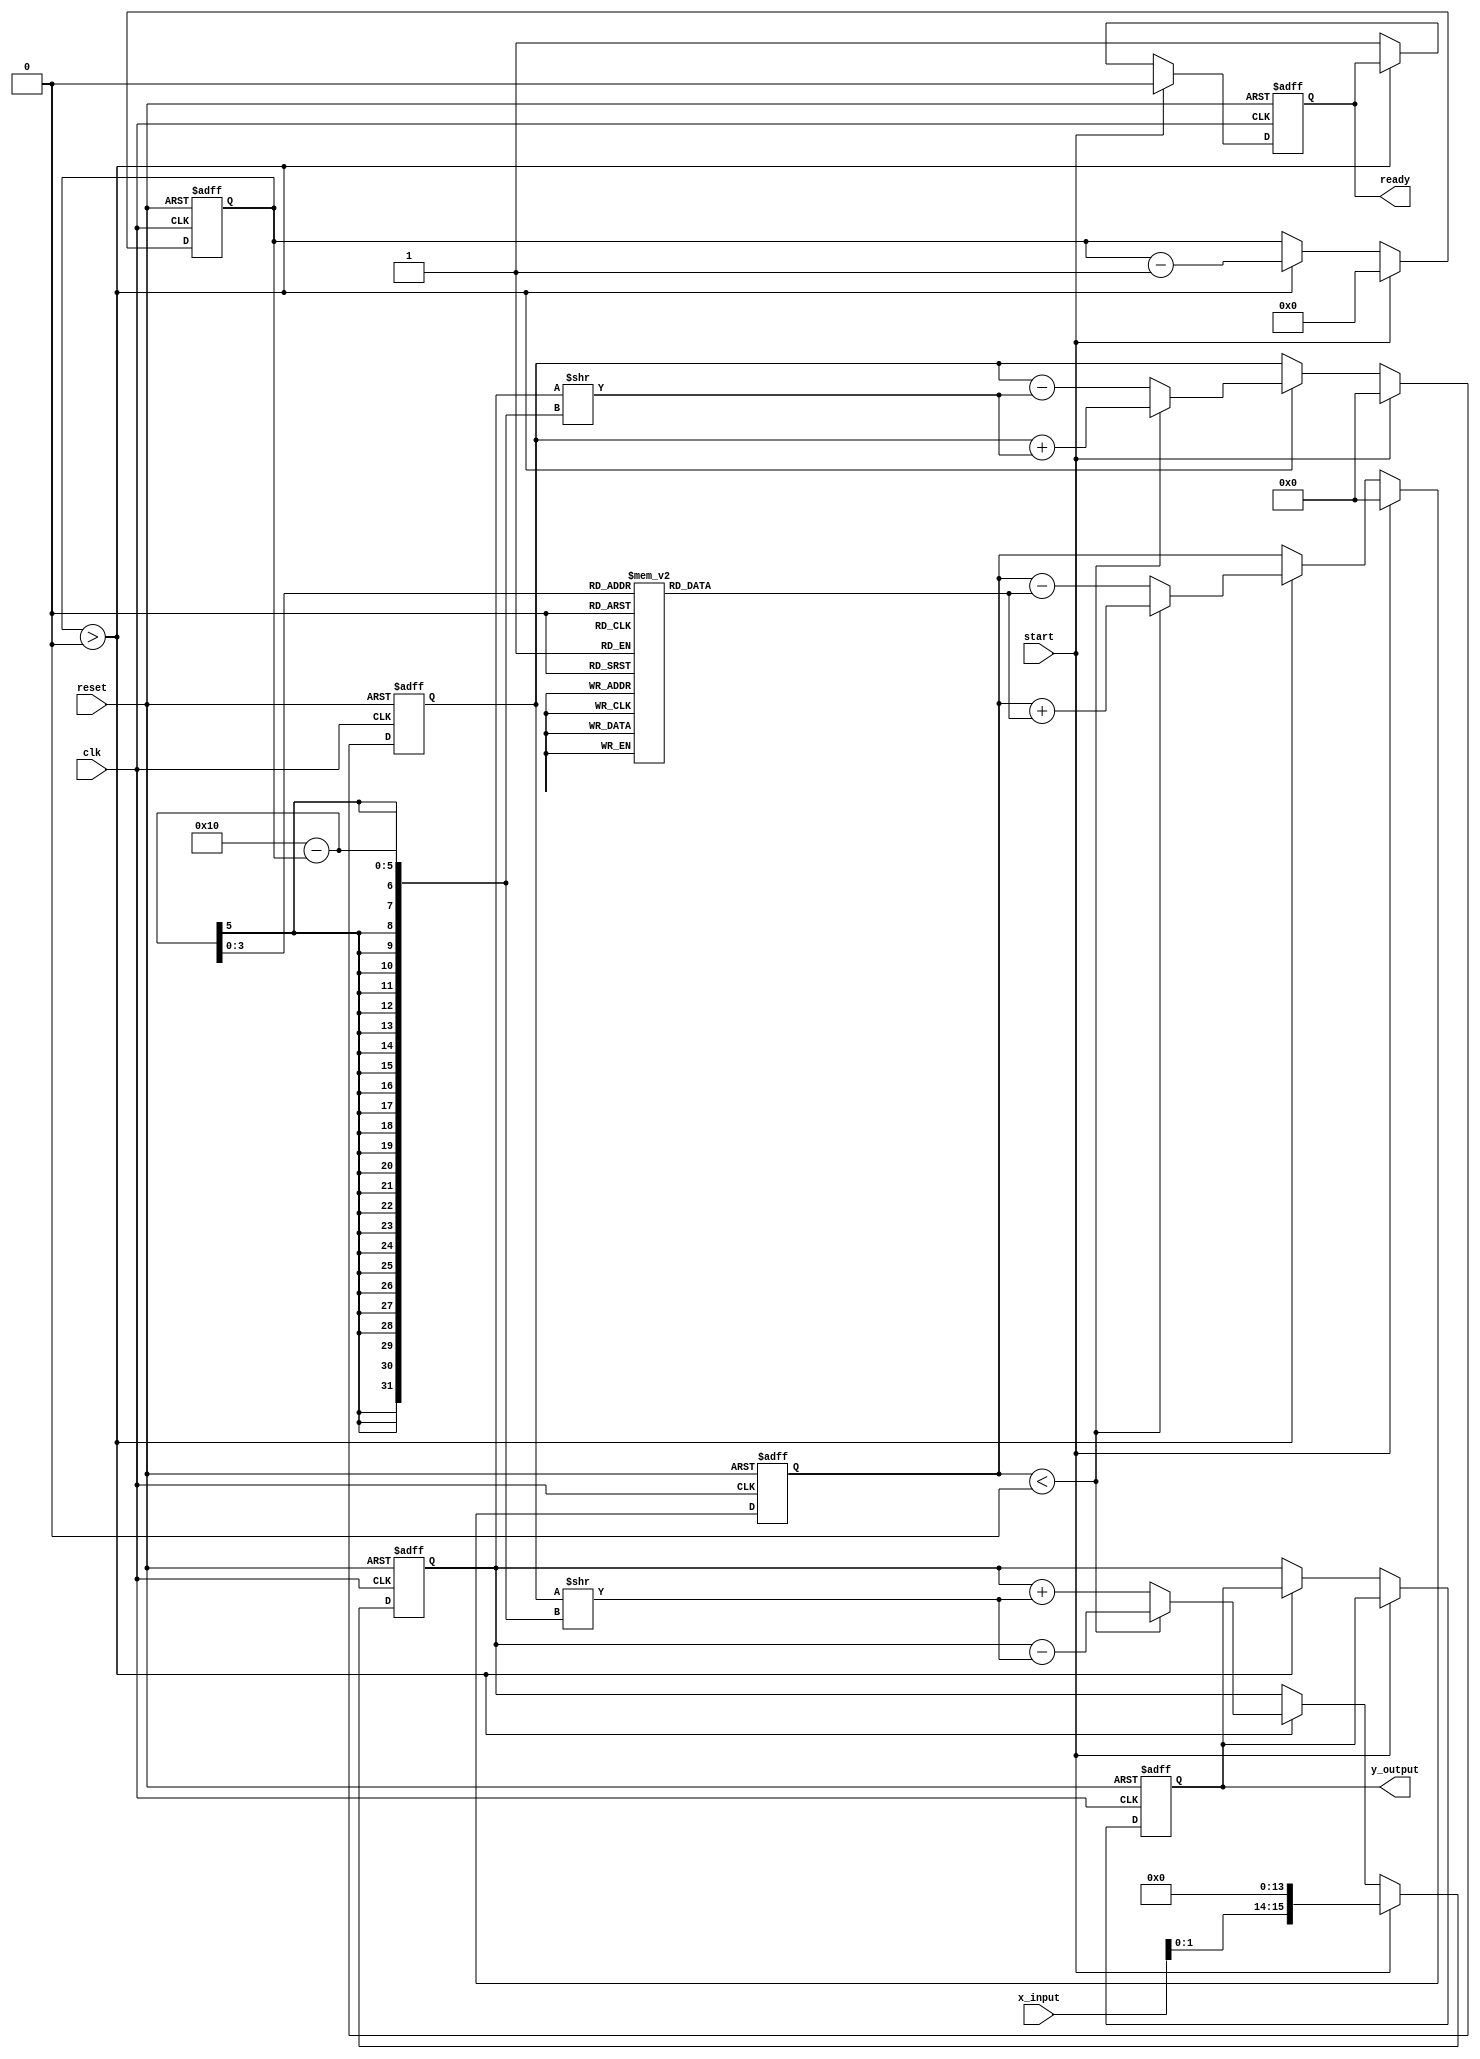
module CORDIC_Exponential (
    input wire clk,                   // System clock
    input wire reset,                 // Reset signal
    input wire start,                 // Start computation signal
    input wire [15:0] x_input,        // Fixed-point input for e^x
    output reg [15:0] y_output,       // Fixed-point output for e^x
    output reg ready                  // Ready signal for output
);
    // Parameters
    parameter NUM_ITERATIONS = 16;    // Number of iterations
    parameter FIXED_POINT_SCALE = 14; // Scaling factor for fixed-point representation
    parameter half_divisor = 14;       // Scaling adjustment for CORDIC

    // CORDIC constants
    reg signed [15:0] angles [0:NUM_ITERATIONS-1]; // Lookup table for arctan
    initial begin
        // Populate angle lookup table (arctan values) multiplied by 2^14
        angles[0] = 16384;  // 45 degrees
        angles[1] = 8731;   // 26.565 degrees
        angles[2] = 4634;   // 14.036 degrees
        angles[3] = 2392;   // 7.125 degrees
        angles[4] = 1243;   // 3.576 degrees
        angles[5] = 634;    // 1.325 degrees
        angles[6] = 318;    // 0.574 degrees
        angles[7] = 159;    // 0.284 degrees
        angles[8] = 80;     // 0.144 degrees
        angles[9] = 40;     // 0.072 degrees
        angles[10] = 20;    // 0.035 degrees
        angles[11] = 10;    // 0.017 degrees
        angles[12] = 5;     // 0.008 degrees
        angles[13] = 3;     // 0.004 degrees
        angles[14] = 2;     // 0.001 degrees
        angles[15] = 1;     // 0.0005 degrees
    end

    // State variables
    reg signed [15:0] x, y;
    reg [3:0] count; // Iteration counter
    reg signed [15:0] z; // Angle accumulator

    always @(posedge clk or posedge reset) begin
        if (reset) begin
            y_output <= 0;
            ready <= 0;
            count <= 0;
            x <= 0;
            y <= 0;
            z <= 0;
        end else if (start) begin
            x <= x_input << half_divisor; // Scale input
            y <= 0;
            z <= 0; // Initial angle
            count <= NUM_ITERATIONS; // Begin iterations
            ready <= 0;
        end else if (count > 0) begin
            // CORDIC rotation step
            if (z < 0) begin
                // Apply rotation
                y <= y + (x >> (NUM_ITERATIONS - count)); // Calculate new y
                x <= x - (y >> (NUM_ITERATIONS - count)); // Calculate new x
                z <= z + angles[NUM_ITERATIONS - count]; // Update angle
            end else begin
                // Apply negative rotation
                y <= y - (x >> (NUM_ITERATIONS - count)); // Calculate new y
                x <= x + (y >> (NUM_ITERATIONS - count)); // Calculate new x
                z <= z - angles[NUM_ITERATIONS - count]; // Update angle
            end
            count <= count - 1; // Decrease iteration counter
        end else begin
            y_output <= x; // Final output is in x after scaling
            ready <= 1; // Set ready flag
        end
    end
endmodule